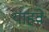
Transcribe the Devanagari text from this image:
याहवेः